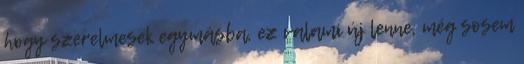
hogy szerelmesek egymásba, ez valami új lenne, még sosem